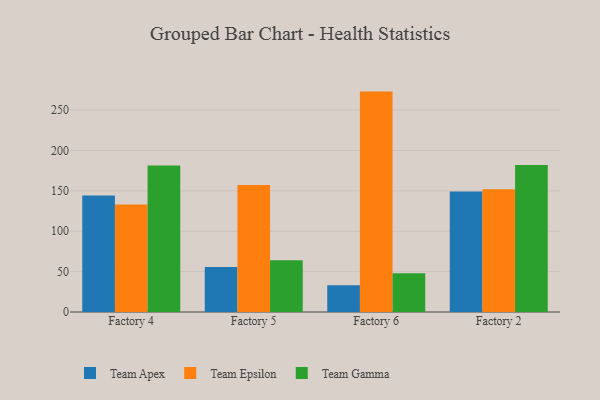
{"axis": {"x": "Factory", "y": "Budget (USD K)"}, "legend": ["Team Apex", "Team Epsilon", "Team Gamma"], "data": [{"x": "Factory 4", "y": 144.2, "type": "Team Apex"}, {"x": "Factory 4", "y": 133.2, "type": "Team Epsilon"}, {"x": "Factory 4", "y": 181.4, "type": "Team Gamma"}, {"x": "Factory 5", "y": 55.7, "type": "Team Apex"}, {"x": "Factory 5", "y": 157.4, "type": "Team Epsilon"}, {"x": "Factory 5", "y": 64.1, "type": "Team Gamma"}, {"x": "Factory 6", "y": 33.2, "type": "Team Apex"}, {"x": "Factory 6", "y": 272.9, "type": "Team Epsilon"}, {"x": "Factory 6", "y": 47.9, "type": "Team Gamma"}, {"x": "Factory 2", "y": 149.1, "type": "Team Apex"}, {"x": "Factory 2", "y": 151.9, "type": "Team Epsilon"}, {"x": "Factory 2", "y": 182.0, "type": "Team Gamma"}]}